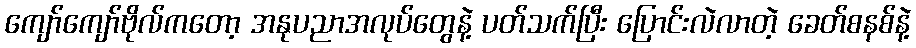
ကျော်ကျော်ဗိုလ်ကတော့ အနုပညာအလုပ်တွေနဲ့ ပတ်သက်ပြီး ပြောင်းလဲလာတဲ့ ခေတ်စနစ်နဲ့